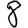
Digit: 8